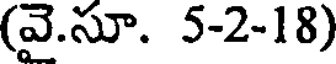
(వై.సూ. 5-2-18)